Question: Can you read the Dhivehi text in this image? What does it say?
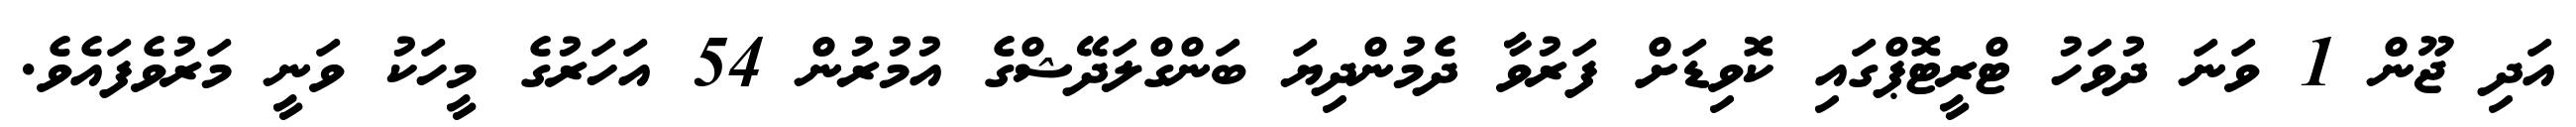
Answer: އަދި ޖޫން 1 ވަނަ ދުވަހު ޓްރީޓޮޕްގައި ކޮވިޑަށް ފަރުވާ ދެމުންދިޔަ ބަންގްލަދޭޝްގެ އުމުރުން 54 އަހަރުގެ މީހަކު ވަނީ މަރުވެފައެވެ.